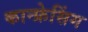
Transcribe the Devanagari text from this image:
कान्फ्रेसिंग